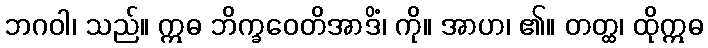
ဘဂဝါ၊ သည်။ ဣဓ ဘိက္ခဝေတိအာဒိံ၊ ကို။ အာဟ၊ ၏။ တတ္ထ၊ ထိုဣဓ